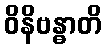
ဝိနိဗန္ဓာတိ